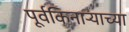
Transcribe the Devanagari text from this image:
पूर्वकिनाऱ्याच्या